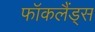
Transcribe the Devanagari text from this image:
फॉकलैंड्स